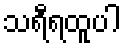
သရီရထူပါ